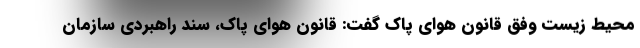
محیط زیست وفق قانون هوای پاک گفت: قانون هوای پاک، سند راهبردی سازمان